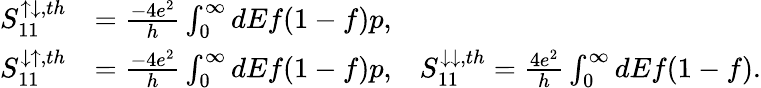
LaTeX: \begin{array}{rl}{{S_{11}^{\uparrow\downarrow,th}}}&{={\frac{-4e^{2}}{h}\int_{0}^{\infty}dEf(1-f)p},}\\ {{S_{11}^{\downarrow\uparrow,th}}}&{={\frac{-4e^{2}}{h}\int_{0}^{\infty}dEf(1-f)p,}\quad{S_{11}^{\downarrow\downarrow,th}}={\frac{4e^{2}}{h}\int_{0}^{\infty}dEf(1-f).}}\end{array}